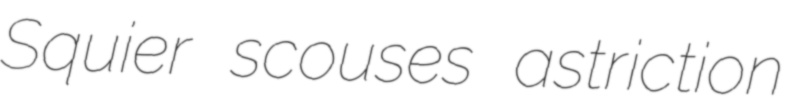
Squier scouses astriction